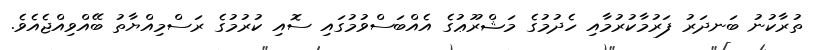
ތުރާކުނު ބަނދަރު ފަރުމާކުރުމާއި ހެދުމުގެ މަޝްރޫޢުގެ އެއްބަސްވުމުގައި ސޮއި ކުރުމުގެ ރަސްމިއްޔާތު ބޭއްވިއްޖެއެވެ.